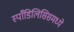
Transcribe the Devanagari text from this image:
स्पाँडिलिसिसमध्ये